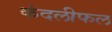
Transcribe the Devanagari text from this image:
कंदलीफल